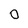
Character: 0